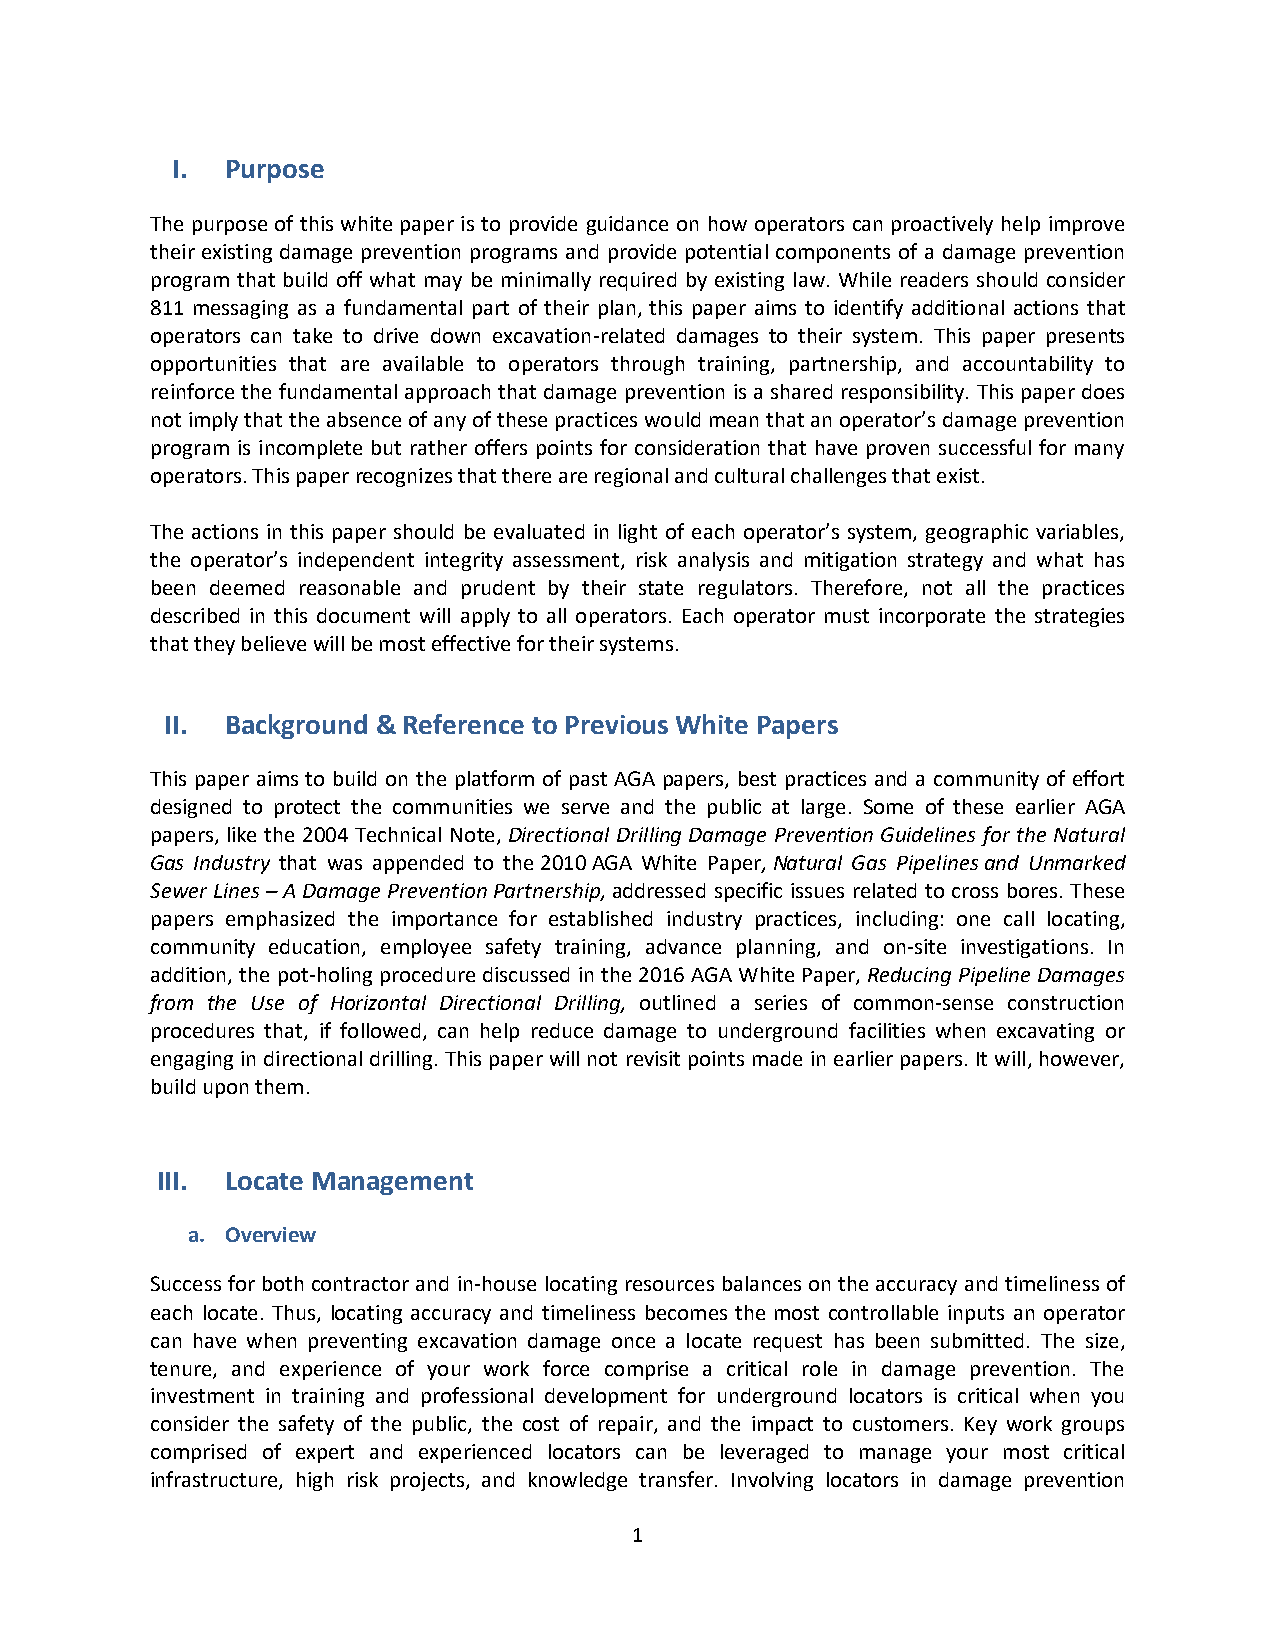
I.  Purpose
 The purpose of this white paper is to provide guidance on how operators can proactively help improve
 their existing damage prevention programs and provide potential components of a damage prevention
 program that build off what may be minimally required by existing law. While readers should consider
 811 messaging as a fundamental part of their plan, this paper aims to identify additional actions that
 operators can take to drive down excavation-related damages to their system. This paper presents
 opportunities that are available to operators through training, partnership, and accountability to
 reinforce the fundamental approach that damage prevention is a shared responsibility. This paper does
 not imply that the absence of any of these practices would mean that an operator’s damage prevention
 program is incomplete but rather offers points for consideration that have proven successful for many
 operators. This paper recognizes that there are regional and cultural challenges that exist.
 The actions in this paper should be evaluated in light of each operator’s system, geographic variables,
 the operator’s independent integrity assessment, risk analysis and mitigation strategy and what has
 been deemed reasonable and prudent by their state regulators. Therefore, not all the practices
 described in this document will apply to all operators. Each operator must incorporate the strategies
 that they believe will be most effective for their systems.
 II. Background & Reference to Previous White Papers
 This paper aims to build on the platform of past AGA papers, best practices and a community of effort
 designed to protect the communities we serve and the public at large. Some of these earlier AGA
 papers, like the 2004 Technical Note, Directional Drilling Damage Prevention Guidelines for the Natural
 Gas Industry that was appended to the 2010 AGA White Paper, Natural Gas Pipelines and Unmarked
 Sewer Lines – A Damage Prevention Partnership, addressed specific issues related to cross bores. These
 papers emphasized the importance for established industry practices, including: one call locating,
 community education, employee safety training, advance planning, and on-site investigations. In
 addition, the pot-holing procedure discussed in the 2016 AGA White Paper, Reducing Pipeline Damages
 from the Use of Horizontal Directional Drilling, outlined a series of common-sense construction
 procedures that, if followed, can help reduce damage to underground facilities when excavating or
 engaging in directional drilling. This paper will not revisit points made in earlier papers. It will, however,
 build upon them.
 III. Locate Management
 a. Overview
 Success for both contractor and in-house locating resources balances on the accuracy and timeliness of
 each locate. Thus, locating accuracy and timeliness becomes the most controllable inputs an operator
 can have when preventing excavation damage once a locate request has been submitted. The size,
 tenure, and experience of your work force comprise a critical role in damage prevention. The
 investment in training and professional development for underground locators is critical when you
 consider the safety of the public, the cost of repair, and the impact to customers. Key work groups
 comprised of expert and experienced locators can be leveraged to manage your most critical
 infrastructure, high risk projects, and knowledge transfer. Involving locators in damage prevention
 1